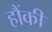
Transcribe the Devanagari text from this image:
हौंकी